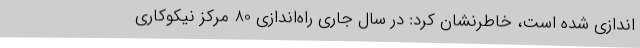
اندازی شده است، خاطرنشان کرد: در سال جاری راه‌اندازی 80 مرکز نیکوکاری